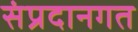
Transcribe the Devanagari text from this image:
संप्रदानगत